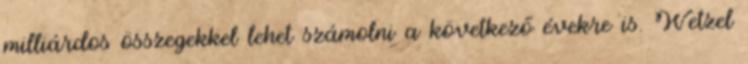
milliárdos összegekkel lehet számolni a következő évekre is. Wetzel